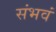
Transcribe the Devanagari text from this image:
संभवं